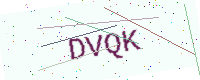
Text: DVQK